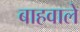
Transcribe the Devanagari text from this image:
बाहवाले